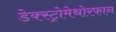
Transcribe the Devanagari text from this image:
डेक्स्ट्रोमेथोरफान